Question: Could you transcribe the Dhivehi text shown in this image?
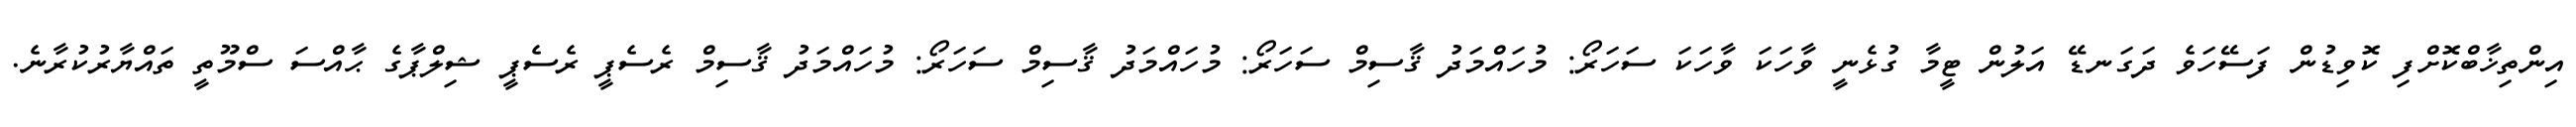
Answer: އިންތިޚާބްކޮށްފި ކޮވިޑުން ފަސޭހަވެ ދަގަނޑޭ އަލުން ޓީމާ ގުޅެނީ ވާހަކަ ވާހަކަ ސަހަރޯ: މުހައްމަދު ޤާސިމް ސަހަރޯ: މުހައްމަދު ޤާސިމް ސަހަރޯ: މުހައްމަދު ޤާސިމް ރެސެޕީ ރެސެޕީ ޝިލްޕާގެ ޙާއްސަ ސްމޫތީ ތައްޔާރުކުރާނެ.